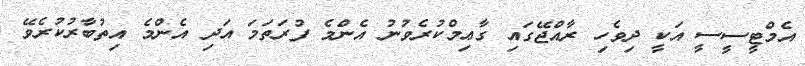
އެމްޓީސީސީ އަކީ ދިވެހި ރާއްޖޭގައި ގާޢިމްކުރެވުނު އެންމެ ފުރަތަމަ އަދި އެންމެ އިތުބާރުކުރެވޭ